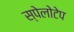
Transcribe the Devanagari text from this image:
स्पेलोटेप